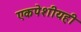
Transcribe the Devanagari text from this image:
एकपेशीयही